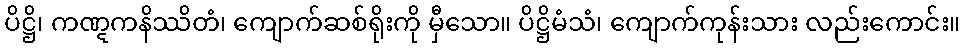
ပိဋ္ဌိ၊ ကဏ္ဋကနိဿိတံ၊ ကျောက်ဆစ်ရိုးကို မှီသော။ ပိဋ္ဌိမံသံ၊ ကျောက်ကုန်းသား လည်းကောင်း။